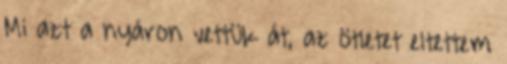
Mi azt a nyáron vettük át, az ötletet eltettem